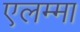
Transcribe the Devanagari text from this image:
एलम्‍मा